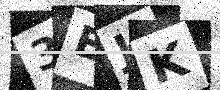
Text: 3EJK